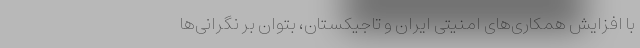
با افزایش همکاری‌های امنیتی ایران و تاجیکستان، بتوان بر نگرانی‌ها